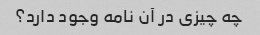
چه چیزی در آن نامه وجود دارد؟